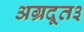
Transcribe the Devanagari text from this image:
अग्रदूत३